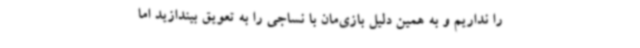
را نداریم و به همین دلیل بازی‌مان با نساجی را به تعویق بیندازید اما